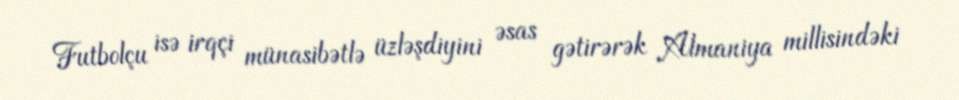
Futbolçu isə irqçi münasibətlə üzləşdiyini əsas gətirərək Almaniya millisindəki